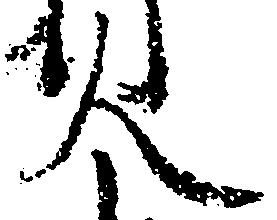
人